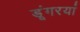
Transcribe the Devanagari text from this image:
डूंगरयां